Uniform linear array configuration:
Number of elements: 48
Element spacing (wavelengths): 1
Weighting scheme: cosine
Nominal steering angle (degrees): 15
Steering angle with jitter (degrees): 16.304
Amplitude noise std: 0.05
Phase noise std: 0.05

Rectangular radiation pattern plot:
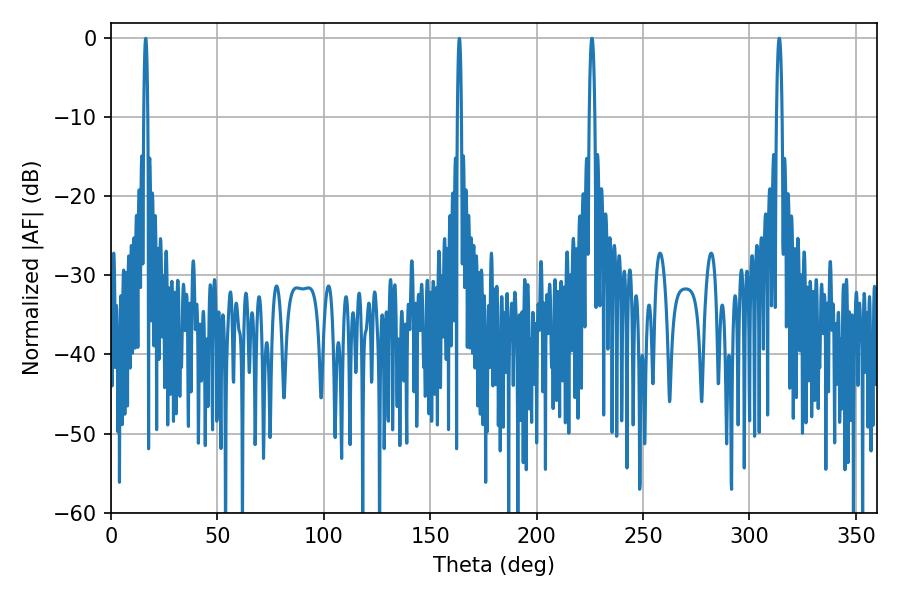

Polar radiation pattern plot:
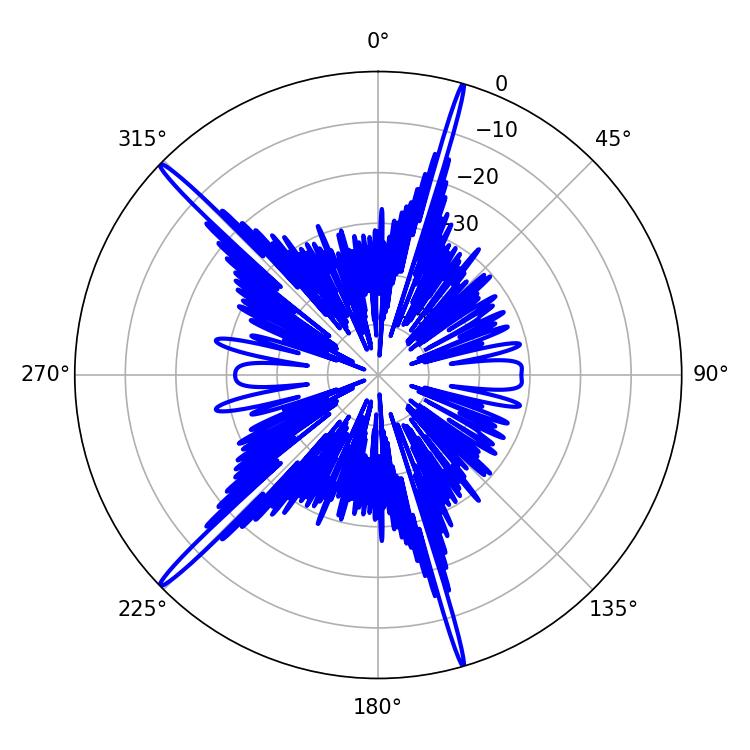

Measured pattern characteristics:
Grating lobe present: TRUE
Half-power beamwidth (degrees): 1.26
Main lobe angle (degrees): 313.92